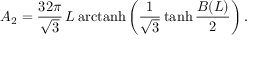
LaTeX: A _ { 2 } = \frac { 3 2 \pi } { \sqrt { 3 } } \, L \, \mathrm { a r c t a n h } \left( \frac { 1 } { \sqrt { 3 } } \operatorname { t a n h } \frac { B ( L ) } { 2 } \right) .